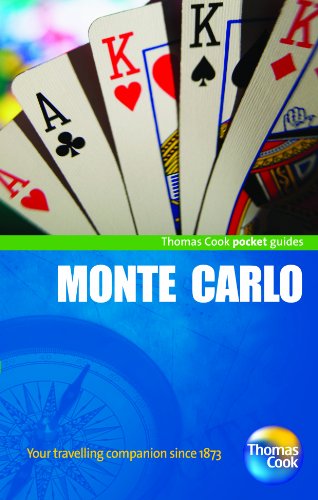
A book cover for Monte Carlo Pocket Guide, 4th: Compact and practical pocket guides for sun seekers and city breakers (Thomas Cook Pocket Guides); Thomas Cook Publishing; Travel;